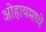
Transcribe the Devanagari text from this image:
ओहायमध्ये